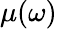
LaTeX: \mu(\omega)